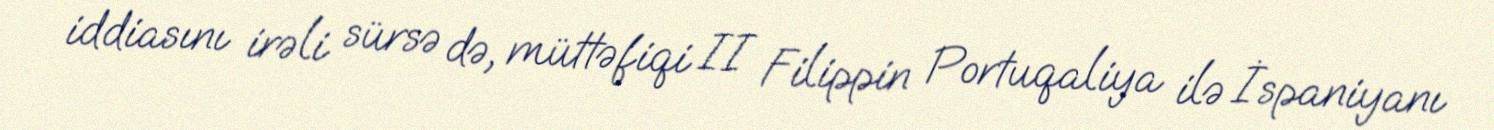
iddiasını irəli sürsə də, müttəfiqi II Filippin Portuqaliya ilə İspaniyanı